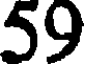
59